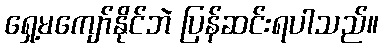
ရှေ့မကျော်နိုင်ဘဲ ပြန်ဆင်းရပါသည်။